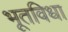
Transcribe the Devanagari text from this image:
भूतविधा